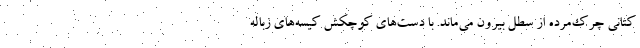
کتانی چرک‌مرده از سطل بیرون می‌ماند. با دست‌های کوچکش کیسه‌های زباله